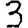
Digit: 3